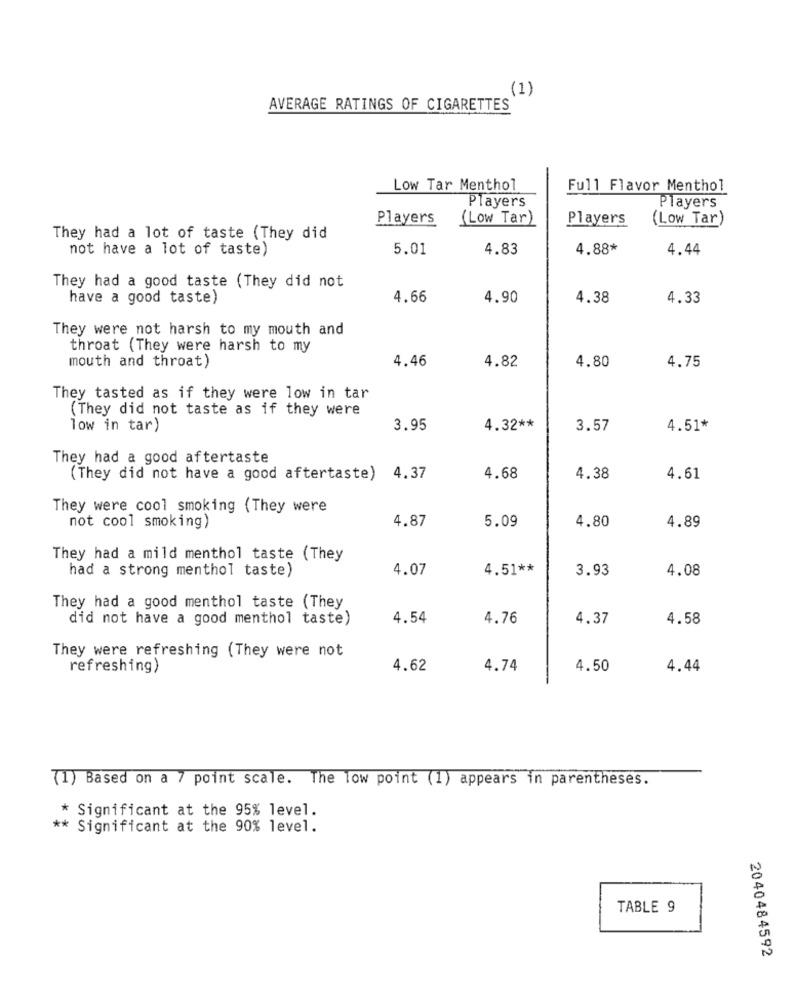
(1)
AVERAGE RATINGS OF CIGARETTES
Low Tar Menthol
Full Flavor Menthol
Players
Players
Players
(Low Tar)
Players
(Low Tar)
They had a lot of taste (They did
not have a lot of taste)
5.01
4.83
4.88*
4.44
They had a good taste (They did not
have a good taste)
4.66
4.90
4.38
4.33
They were not harsh to my mouth and
throat (They were harsh to my
mouth and throat)
4.46
4.82
4.80
4.75
They tasted as if they were low in tar
(They did not taste as if they were
low in tar)
3.95
4.32 **
3.57
4.51*
They had a good aftertaste
( They did not have a good aftertaste) 4.37
4.68
4.38
4.61
They were cool smoking (They were
not cool smoking)
4.87
5.09
4.80
4.89
They had a mild menthol taste (They
had a strong menthol taste)
4.07
4.51 **
3.93
4.08
They had a good menthol taste (They
did not have a good menthol taste)
4.54
4.76
4.37
4.58
They were refreshing (They were not
refreshing)
4.62
4.74
4.50
4.44
(1) Based on a 7 point scale. The low point (1) appears in parentheses.
* Significant at the 95% level.
** Significant at the 90% level.
TABLE 9
2040484592